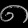
Digit: ၈